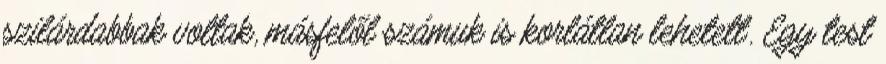
szilárdabbak voltak, másfelől számuk is korlátlan lehetett. Egy test